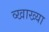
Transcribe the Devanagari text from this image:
व्खाख्या